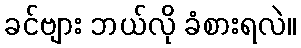
ခင်ဗျား ဘယ်လို ခံစားရလဲ။